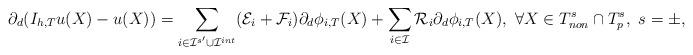
LaTeX: \begin{align*}\partial_d( I_{h,T}u(X)-u(X))=\sum_{i\in\mathcal{I}^{s'}\cup\mathcal{I}^{int}}(\mathcal{E}_i + \mathcal{F}_i )\partial_d\phi_{i,T}(X)+\sum_{i\in\mathcal{I}}\mathcal{R}_i \partial_d\phi_{i,T}(X), ~\forall X \in T_{non}^s\cap T^s_p, ~s = \pm,\end{align*}